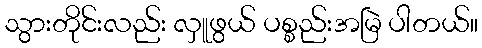
သွားတိုင်းလည်း လှူဖွယ် ပစ္စည်းအမြဲ ပါတယ်။